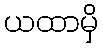
ယထာမှိ